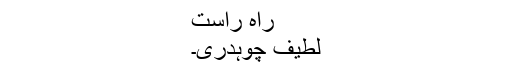
راہ راست
لطیف چوہدری۔